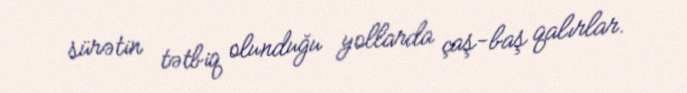
sürətin tətbiq olunduğu yollarda çaş-baş qalırlar.